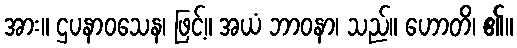
အား။ ဌပနာဝသေန၊ ဖြင့်။ အယံ ဘာဝနာ၊ သည်။ ဟောတိ၊ ၏။